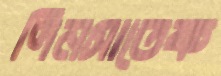
দিনসাতেক